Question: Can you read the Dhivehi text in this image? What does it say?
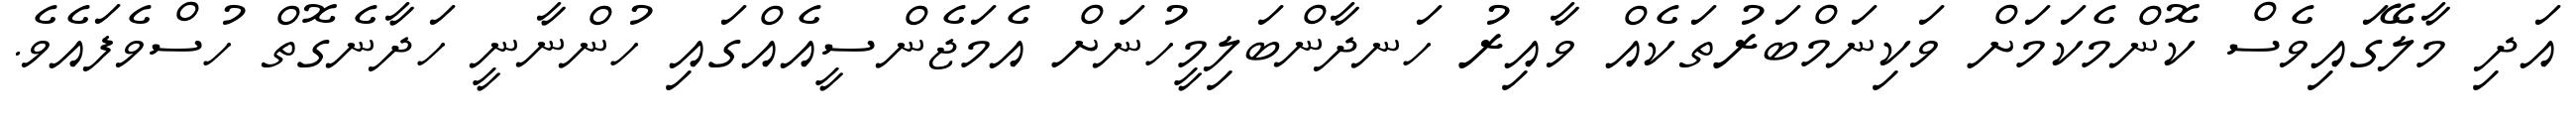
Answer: އަދި މާލޭގައިވެސް ކޮންމެކަމަށް ވަކިނަމްބަރުތަކެއް ވާއިރު ހަނދާންބަލިމީހުނަށް އެމަޖެންސީއެއްގައި ހުންނާނީ ހަދާނެގޮތް ހުސްވެފައެވެ.